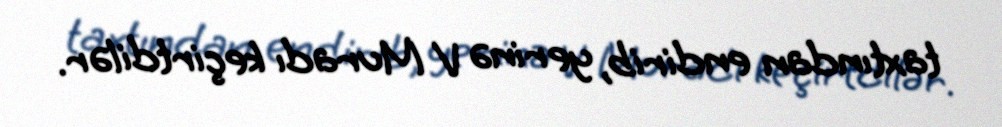
taxtından endirib, yerinə V Muradı keçirtdilər.